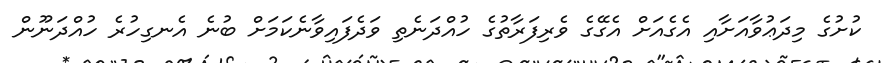
ކުށުގެ މިދަޢުވާއަށާއި އެގެއަށް އެގޭގެ ވެރިފަރާތުގެ ހުއްދަނެތި ވަދެފައިވާނެކަމަށް ބުނެ އެނގިހުރެ ހުއްދަނޫން